Jaan_Tonisson_(Lasteleht), lk 136
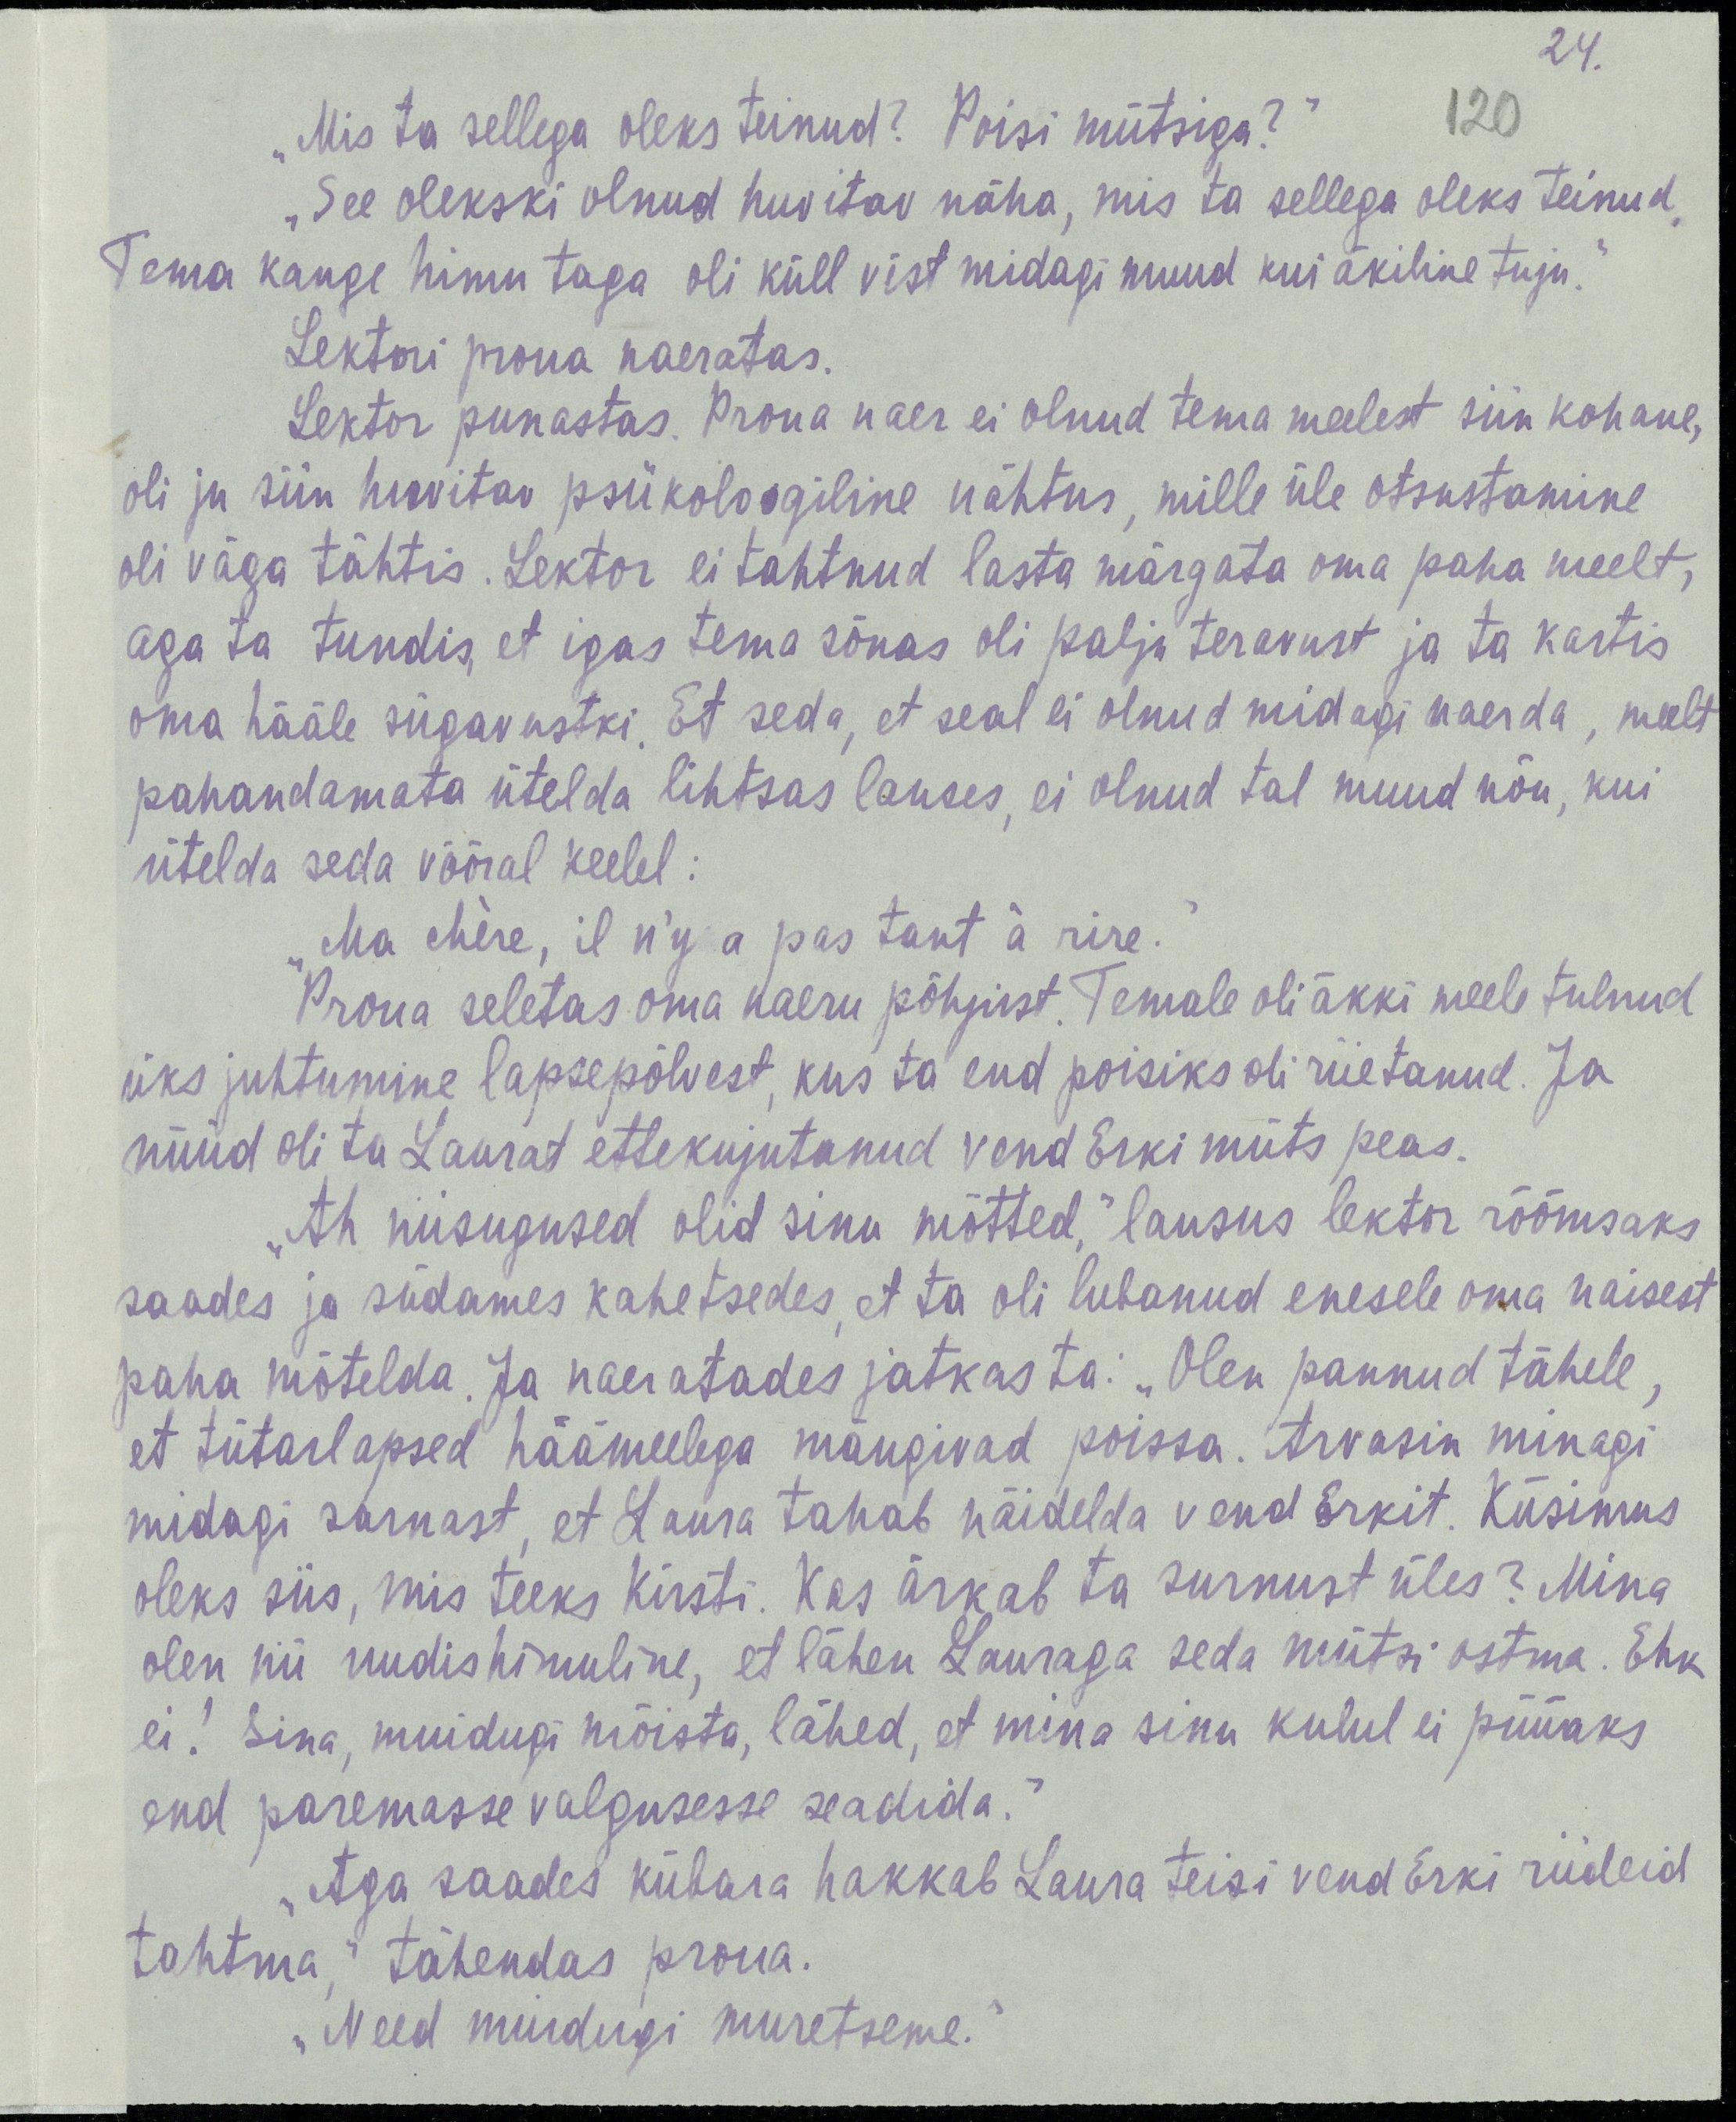
24.
120
„Mis ta sellega oleks teinud? Poisi mütsiga?“
„See olekski olnud huvitav näha, mis ta sellega oleks teinud.
Tema kange himu taga oli küll vist midagi muud kui äkiline tuju.“
Lektori proua naeratas.
Lektor punastas. Proua naer ei olnud tema meelest siin kohane,
oli ju siin huvitav psükoloogiline nähtus, mille üle otsustamine
oli väga tähtis. Lektor ei tahtnud lasta märgata oma paha meelt,
aga ta tundis, et igas tema sõnas oli palju teravust ja ta kartis
oma hääle sügavustki. Et seda, et seal ei olnud midagi naerda, meelt
pahandamata ütelda lihtsas lauses, ei olnud tal muud nõu, kui
ütelda seda võõral keelel:
„Ma chère, il n'y a pas tant à rire.“
Proua seletas oma naeru põhjust. Temale oli äkki meelde tulnud
üks juhtumine lapsepõlvest, kus ta end poisiks oli riietanud. Ja
nüüd oli ta Laurat ettekujutanud vend Erki müts peas.
„Ah niisugused olid sinu mõtted,“ lausus lektor rõõmsaks
saades ja südames kahetsedes, et ta oli lubanud enesele oma naisest
paha mõtelda. Ja naeratades jatkas ta: „Olen pannud tähele,
et tütarlapsed häämeelega mängivad poissa. Arvasin minagi
midagi sarnast, et Laura tahab näidelda vend Erkit. Küsimus
oleks siis, mis teeks Kirsti. Kas ärkab ta surnust üles? Mina
olen nii uudishimuline, et lähen Lauraga seda mütsi ostma. Ehk
ei! Sina, muidugi mõista, lähed, et mina sinu kulul ei püüaks
end paremasse valgusesse seadida."
„Aga saades kübara hakkab Laura teisi vend Erki riideid
tahtma,“ tähendas proua.
„Need muidugi muretseme.“